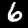
Digit: 6